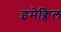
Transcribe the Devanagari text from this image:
इमेक्विल